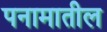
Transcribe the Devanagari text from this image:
पनामातील